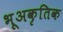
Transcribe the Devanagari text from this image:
भूअकृतिक